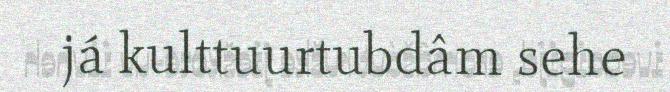
já kulttuurtubdâm sehe